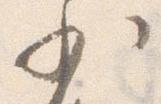
少